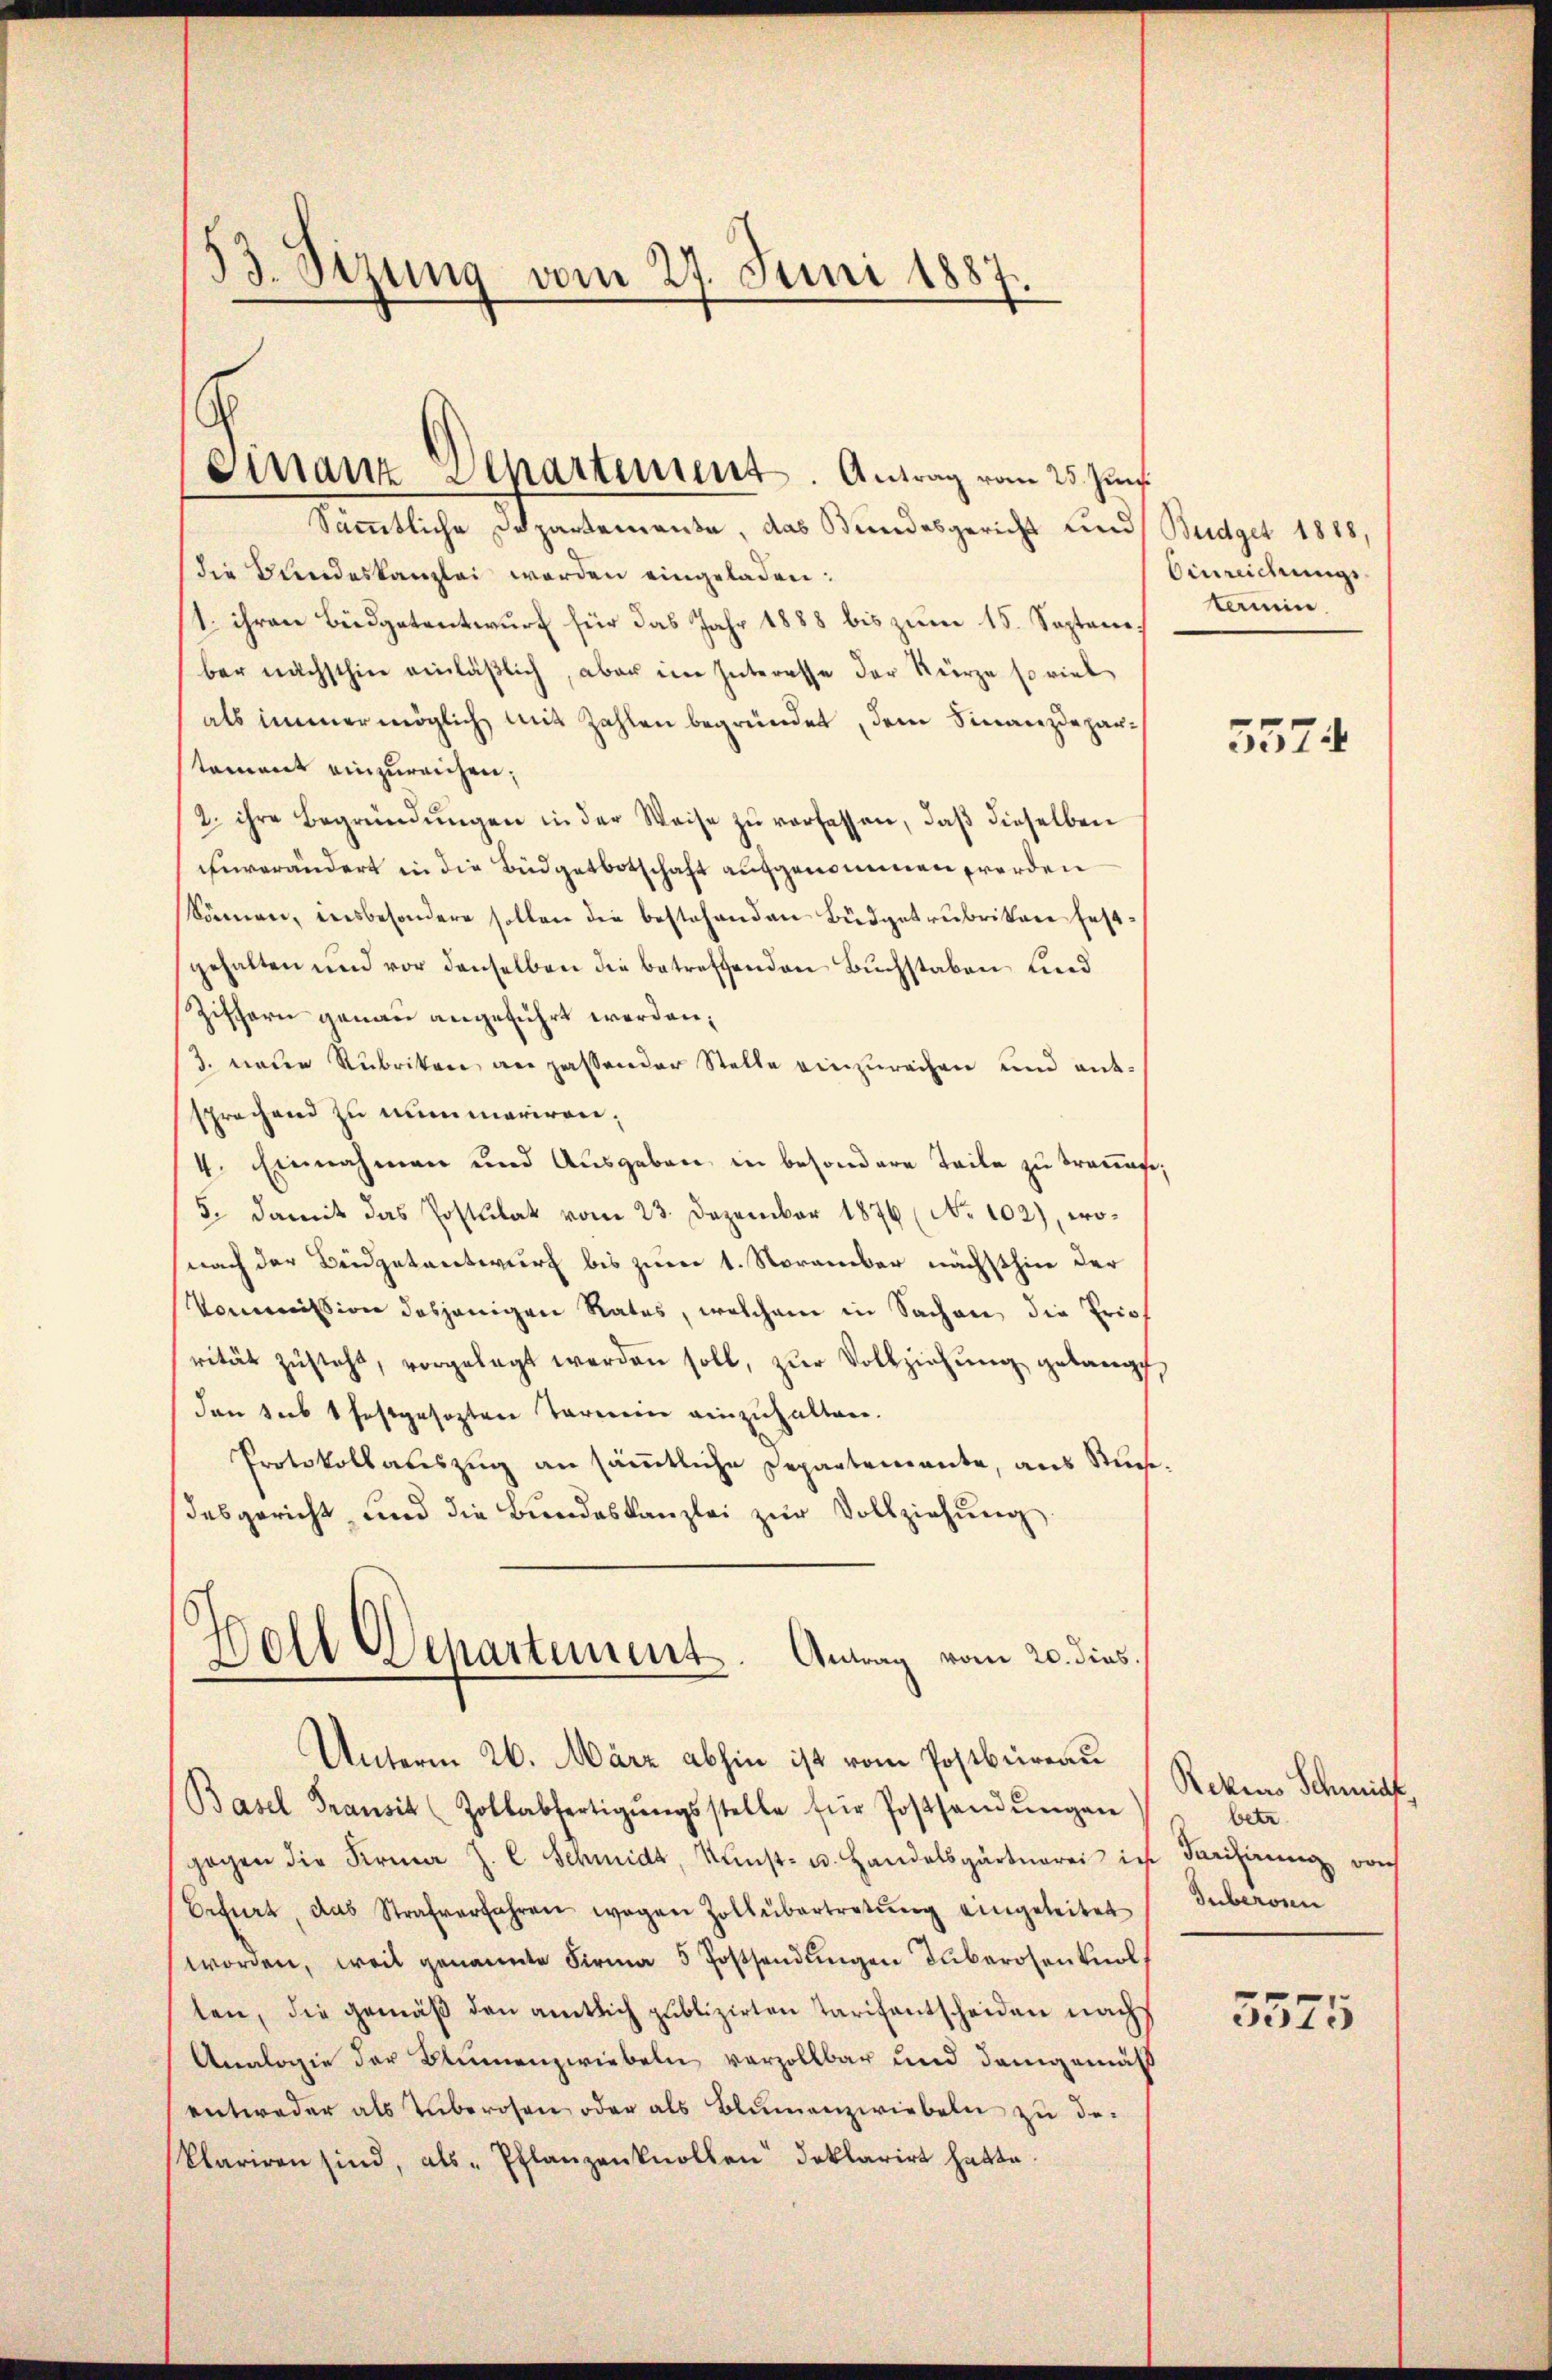
53. Sizung vom 27. Juni 1887.

Finanz Separties. Antrag vom 25. Jun.

Sämmtliche Departemente, das Bundesgericht und Budget 1848,
(die Beendeskanzlei werden eingeladen:
1. ihren Büdgetentwurf für das Jahr 1888 bis zum 15. Septene,
ber nächsthin einläßlich, aber im Interesse der Kürze so viel
als immer möglich mit Zahlen begründet, dem Finanzdepartament einzureichen,
2. ihre Begründŭngen in der Weise zŭ verfassen, daβ dieselben
unverändert in die Büdgetbotschaft aufgenommen werden
können, insbesondere sollen die bestehenden Büdgetrubrikan festgehalten und vor denselben die betreffenden Buchstaben und
Ziffern genau angeführt werden;
3. neue Rubriken an passender Stelle einzurechen und entsprochend zu niemariren,
4. Einnahmen und Ausgaben in besondere Teile zu trange,
5. damit das Postulat vom 23. Dezember 1876 (No 102), wonach der Beidgetantwurf bis zum 1. November nächsthin der
Kommission dasjenigen Rates, welchem in Sachen die Brief
rität zŭsteht, vorgelegt werden soll, zŭr Vollziehŭng gelangt,
den sub 1 festgesezten Tarnein einzuhalten.
Protokollauszug an sämmtliche Departemente, aus Stundesgericht und die Bŭndeskanzlei zŭr Vollziehung.
Woll Departement. Antrag vom 20. dies.
Unterm 26. März abhin ist vom Postbüreau
Basel Transit (Zollabfertigŭngsstelle für Postsandŭngen
gegen die Firma J. C. Schmidt, Kunst- u. Handelsgärtnerei in Parisirung doch
Erfurt, das Strafverfahren wegen Zollübertretŭng eingeleitet
worden, weil genannte Firma 5 Postsendŭngen Tuberosenkol
ten, die gemäß den amtlich publizirten Tarifantscheiden nachs
Analogie der Blumenzwiebeln verzollbar und demgemäß
entweder als Zuberosen oder als Blumenzwiebeln zu de
klariren sind, als „Pflanzenknollen deklarirt hatte.

Einreichung.
tanein.

5574

Rekurs Schmidt,
betr
Guberosen

3575